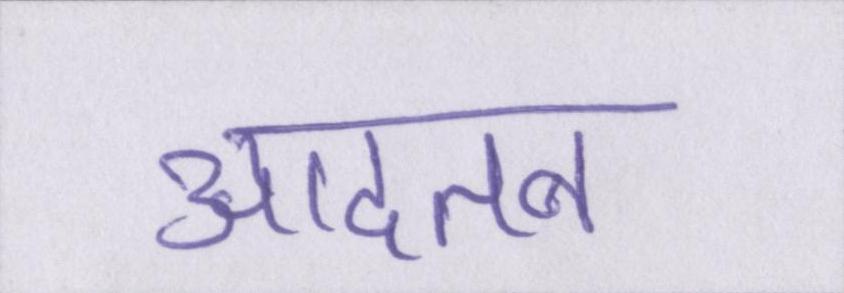
आदतन